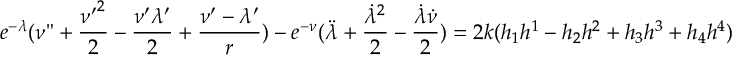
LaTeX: e ^ { - { \lambda } } ( { \nu } " + \frac { { { \nu } ^ { \prime } } ^ { 2 } } { 2 } - \frac { { \nu } ^ { \prime } { \lambda } ^ { \prime } } { 2 } + \frac { { \nu } ^ { \prime } - { \lambda } ^ { \prime } } { r } ) - e ^ { - { \nu } } ( \ddot { \lambda } + \frac { { \dot { \lambda } } ^ { 2 } } { 2 } - \frac { \dot { \lambda } \dot { \nu } } { 2 } ) = 2 k ( h _ { 1 } h ^ { 1 } - h _ { 2 } h ^ { 2 } + h _ { 3 } h ^ { 3 } + h _ { 4 } h ^ { 4 } )